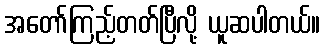
အတော်ကြည့်တတ်ပြီလို့ ယူဆပါတယ်။